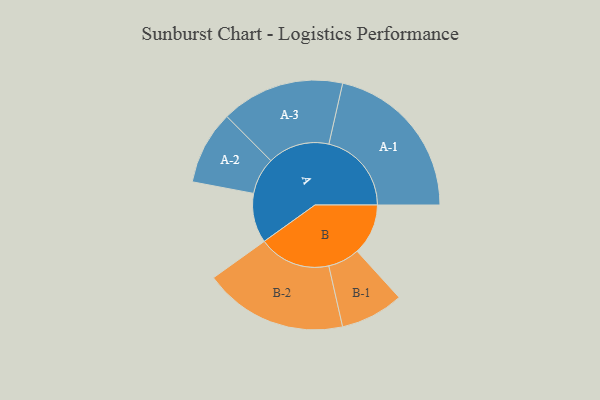
{"axis": {"x": "Segment", "y": "Value"}, "legend": ["", "A", "B"], "data": [{"x": "A", "y": 171, "type": ""}, {"x": "B", "y": 176, "type": ""}, {"x": "A-1", "y": 285, "type": "A"}, {"x": "A-2", "y": 127, "type": "A"}, {"x": "A-3", "y": 213, "type": "A"}, {"x": "B-1", "y": 109, "type": "B"}, {"x": "B-2", "y": 248, "type": "B"}]}